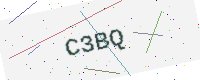
Text: C3BQ